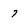
Character: 7